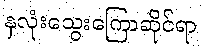
နှလုံးသွေးကြောဆိုင်ရာ